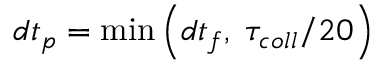
d t _ { p } = \operatorname* { m i n } \left( d t _ { f } , \; \tau _ { c o l l } / 2 0 \right)